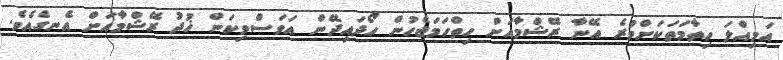
އަމިއްލަ ހިތާމަތަކަށްވުރެ އޭނާ ރޭޝްމާއަށް ހިތްހަމަޖެހުން ހޯދައިދޭން އަވަސްވިކަން ޚުދު ރޭޝްމާއަށް އެނގެއެވެ.